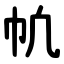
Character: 㠶